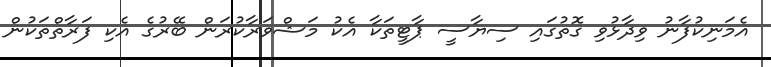
އެމަނިކުފާނު ވިދާޅުވި ގޮތުގައި ސިޔާސީ ޕާޓީތަކާ އެކު މަޝްވަރާކުރަން ބޭރުގެ އެކި ފަރާތްތަކުން